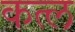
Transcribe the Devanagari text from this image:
कत्‍ल